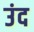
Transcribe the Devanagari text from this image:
उंद